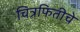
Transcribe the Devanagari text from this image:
चित्रफितीचे